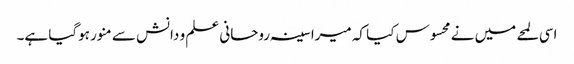
اسی لمحے میں نے محسوس کیا کہ میرا سینہ روحانی علم و دانش سے منور ہوگیا ہے۔